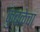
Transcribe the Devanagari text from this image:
कुंबळेचा